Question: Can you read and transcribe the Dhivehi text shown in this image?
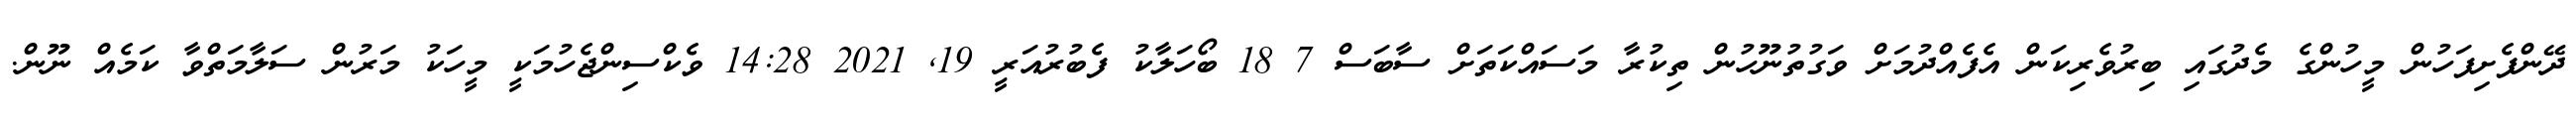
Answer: ދޭންފެށިފަހުން މީހުންގެ މެދުގައި ބިރުވެރިކަން އެފެއްދުމަށް ވަގުތުނޫހުން ތިކުރާ މަސައްކަތަށް ސާބަސް 7 18 ބޯހަލާކު ފެބުރުއަރީ 19, 2021 14:28 ވެކްސިންޖެހުމަކީ މީހަކު މަރުން ސަލާމަތްވާ ކަމެއް ނޫން.